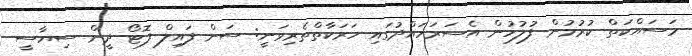
މަސައްކަތް ކުރުމުން ފުލުހުން އެސަރަހައްދުގައި ހަރަކާތްތެރިވަނީ: ސަން ފައިލް ފޮޓޯ ދީން ސިޔާސީ